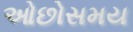
ઓછોસમય